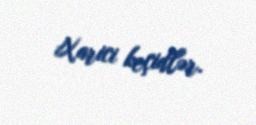
Xarici keçidlər.